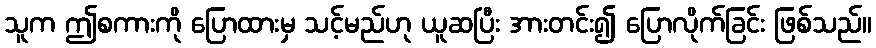
သူက ဤစကားကို ပြောထားမှ သင့်မည်ဟု ယူဆပြီး အားတင်း၍ ပြောလိုက်ခြင်း ဖြစ်သည်။